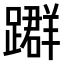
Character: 𨆤